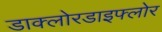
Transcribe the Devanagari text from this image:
डाक्लोरडाइफ्लोर